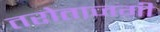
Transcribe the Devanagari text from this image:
तरोताजगी